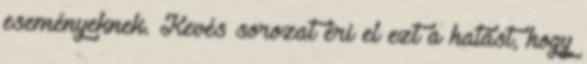
eseményeknek. Kevés sorozat éri el ezt a hatást, hogy